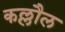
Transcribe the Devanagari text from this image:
कल्लौल